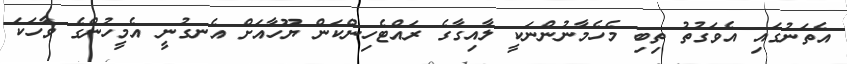
އެތަނުގައި އެވަގުތު ތިބި މެހެމާނުންނަކީ ލާއިގާގެ ރައްޓެހިންކަން ޔޫހާއަށް އެނގުނީ އެމީހުންގެ ވާހަކަ